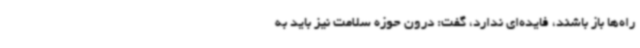
راه‌ها باز باشند، فایده‌ای ندارد، گفت: درون حوزه سلامت نیز باید به